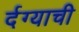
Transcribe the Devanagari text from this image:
र्दग्याची